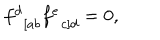
LaTeX: f _ { \; \; \left[ a b \right. } ^ { d } f _ { \; \; \left. c \right] d } ^ { e } = 0 ,